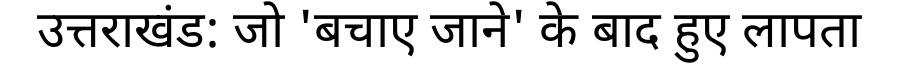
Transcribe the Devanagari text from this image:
उत्तराखंड: जो 'बचाए जाने' के बाद हुए लापता